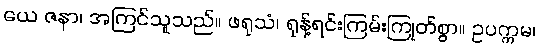
ယေ ဇနာ၊ အကြင်သူသည်။ ဖရုသံ၊ ရုန့်ရင်းကြမ်းကြုတ်စွာ။ ဥပက္ကမ၊